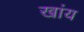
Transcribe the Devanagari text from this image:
खांय